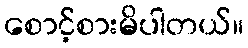
စောင့်စားမိပါတယ်။